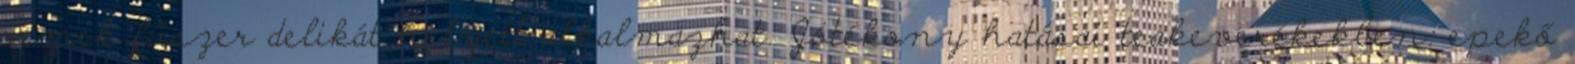
remek fűszer delikát helyett alkalmazhat. Jótékony hatásai teakeverékekben: epekő